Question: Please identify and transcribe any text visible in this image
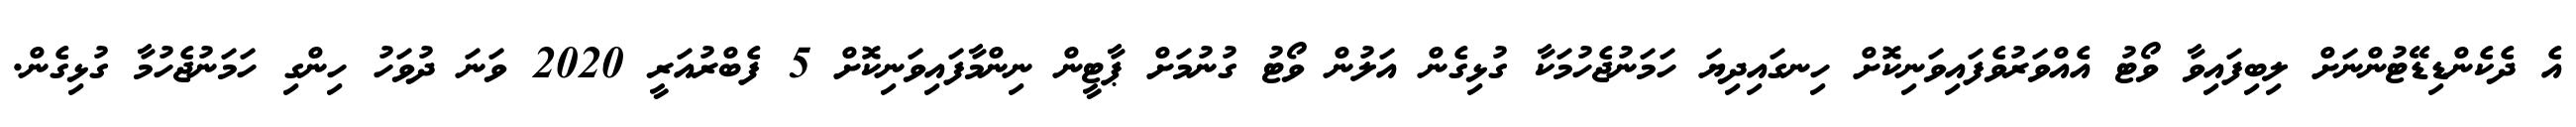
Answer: އެ ދެކެންޑިޑޭޓުންނަށް ލިބިފައިވާ ވޯޓު އެއްވަރުވެފައިވަނިކޮށް ހިނގައިދިޔަ ހަމަނުޖެހުމަކާ ގުޅިގެން އަލުން ވޯޓު ގުނުމަށް ޕާޓީން ނިންމާފައިވަނިކޮށް 5 ފެބްރުއަރީ 2020 ވަނަ ދުވަހު ހިންގި ހަމަނުޖެހުމާ ގުޅިގެން.